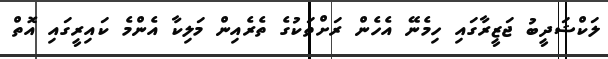
ލަކްޝަދީބު ޖަޒީރާގައި ހިމެނޭ އެހެން ރަށްތަކުގެ ތެރެއިން މަލިކާ އެންމެ ކައިރީގައި އޮތް